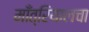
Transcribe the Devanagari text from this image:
माँत्रियालचा